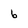
Character: 6